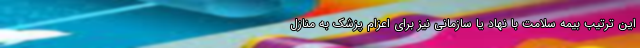
این ترتیب بیمه سلامت با نهاد یا سازمانی نیز برای اعزام پزشک به منازل